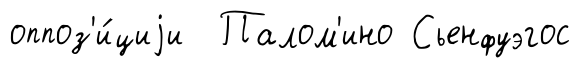
оппоз'и́циjи Палом'ино Сьенфуэгос